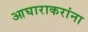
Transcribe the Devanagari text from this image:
आघाराकरांना